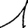
Digit: 1